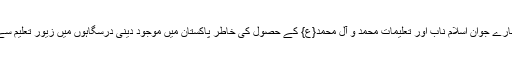
اس علاقہ کے بہت سارے جوان اسلام ناب اور تعلیمات محمد و آل محمد{ع} کے حصول کی خاطر پاکستان میں موجود دینی درسگاہوں میں زیور تعلیم سے آراستہ ہورہے ہیں ۔